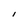
Character: l